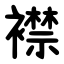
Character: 襟